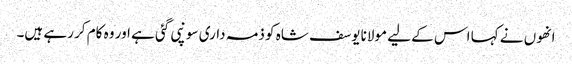
انھوں نے کہا اس کے لیے مولانا یوسف شاہ کو ذمہ داری سونپی گئی ہے اور وہ کام کر رہے ہیں۔